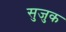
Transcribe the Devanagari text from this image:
सुजुक